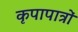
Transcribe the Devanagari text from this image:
कृपापात्रों